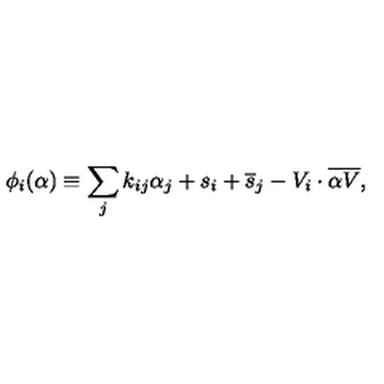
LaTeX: \phi _ { i } ( \alpha ) \equiv \sum _ { j } k _ { i j } \alpha _ { j } + s _ { i } + { \overline { s } } _ { j } - V _ { i } \cdot { \overline { { \alpha V } } } ,